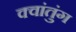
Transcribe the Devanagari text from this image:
क्वांतुंग